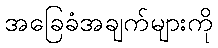
အခြေခံအချက်များကို